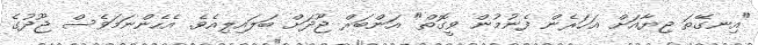
"އިނގޭތަ ޖިޔާއަށް އަހަރެން ފެނުމުން ވީގޮތް" އަންބަރް ޖޫދަށް ބަލައިލިއެވެ. އެހެންނަމަވެސް ޖޫދުގެ